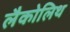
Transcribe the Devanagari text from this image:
लैकोलिथ